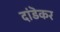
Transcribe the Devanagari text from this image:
दांडॆकर